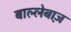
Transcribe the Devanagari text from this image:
बाल्लेबाज़